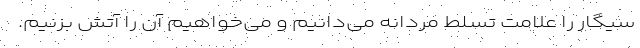
سیگار را علامت تسلط مردانه می‌دانیم و می‌خواهیم آن را آتش بزنیم.